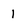
Character: 1